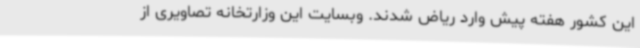
این کشور هفته پیش وارد ریاض شدند. وبسایت این وزارتخانه تصاویری از